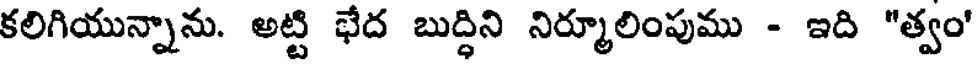
కలిగియున్నాను. అట్టి భేద బుద్ధిని నిర్మూలింపుము - ఇది "త్వం'